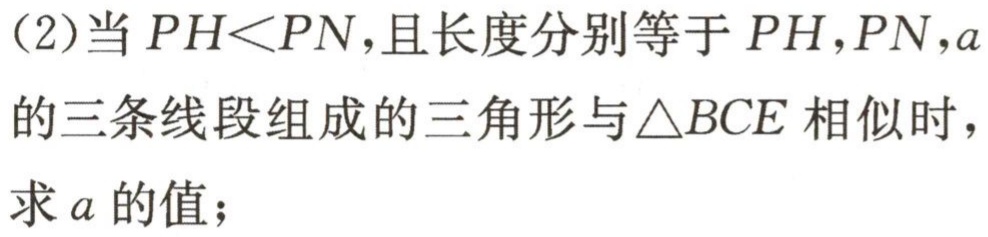
(2)当 \(PH < PN\)，且长度分别等于 \(PH\)，\(PN\)，\(a\)的三条线段组成的三角形与 \(\triangle BCE\) 相似时，求 \(a\) 的值；